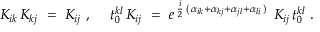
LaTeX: K _ { i k } \, K _ { k j } ~ = ~ K _ { i j } ~ , ~ ~ ~ ~ t _ { 0 } ^ { k l } \, K _ { i j } ~ = ~ e ^ { \, { \frac { i } { 2 } } \, ( \, \alpha _ { i k } + \alpha _ { k j } + \alpha _ { j l } + \alpha _ { l i } \, ) \, } ~ K _ { i j } \, t _ { 0 } ^ { k l } ~ .